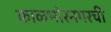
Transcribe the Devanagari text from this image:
काळभोरनगरची